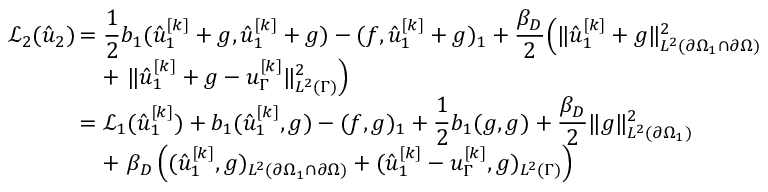
\begin{array} { c l } { \mathcal { L } _ { 2 } ( \hat { u } _ { 2 } ) \! \! \! \! \! } & { = \displaystyle \frac 1 2 b _ { 1 } ( \hat { u } _ { 1 } ^ { [ k ] } + g , \hat { u } _ { 1 } ^ { [ k ] } + g ) - ( f , \hat { u } _ { 1 } ^ { [ k ] } + g ) _ { 1 } + \frac { \beta _ { D } } { 2 } \Big ( \lVert \hat { u } _ { 1 } ^ { [ k ] } + g \rVert _ { L ^ { 2 } ( \partial \Omega _ { 1 } \cap \partial \Omega ) } ^ { 2 } } \\ & { \displaystyle \ \ \ + \ \lVert \hat { u } _ { 1 } ^ { [ k ] } + g - u _ { \Gamma } ^ { [ k ] } \rVert _ { L ^ { 2 } ( \Gamma ) } ^ { 2 } \Big ) } \\ & { \displaystyle = \mathcal { L } _ { 1 } ( \hat { u } _ { 1 } ^ { [ k ] } ) + b _ { 1 } ( \hat { u } _ { 1 } ^ { [ k ] } , g ) - ( f , g ) _ { 1 } + \frac 1 2 b _ { 1 } ( g , g ) + \frac { \beta _ { D } } { 2 } \lVert g \rVert _ { L ^ { 2 } ( \partial \Omega _ { 1 } ) } ^ { 2 } } \\ & { \displaystyle \ \ \ + \ \beta _ { D } \left( ( \hat { u } _ { 1 } ^ { [ k ] } , g ) _ { L ^ { 2 } ( \partial \Omega _ { 1 } \cap \partial \Omega ) } + ( \hat { u } _ { 1 } ^ { [ k ] } - u _ { \Gamma } ^ { [ k ] } , g ) _ { L ^ { 2 } ( \Gamma ) } \right) } \end{array}